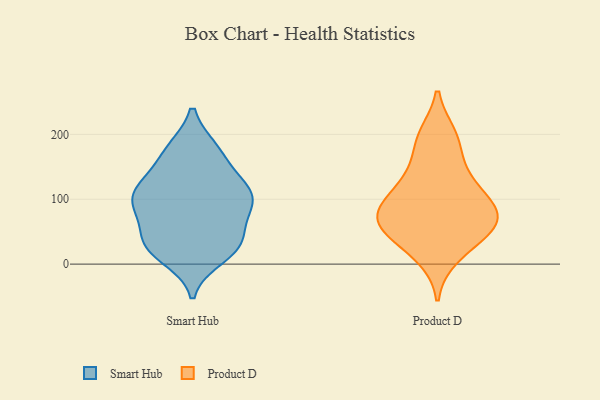
{"axis": {"x": "Latency (ms)", "y": "Value"}, "legend": ["Product D", "Smart Hub"], "data": [{"x": "", "y": 176, "type": "Smart Hub"}, {"x": "", "y": 32, "type": "Smart Hub"}, {"x": "", "y": 170, "type": "Smart Hub"}, {"x": "", "y": 109, "type": "Smart Hub"}, {"x": "", "y": 90, "type": "Smart Hub"}, {"x": "", "y": 38, "type": "Smart Hub"}, {"x": "", "y": 175, "type": "Smart Hub"}, {"x": "", "y": 118, "type": "Smart Hub"}, {"x": "", "y": 78, "type": "Smart Hub"}, {"x": "", "y": 11, "type": "Smart Hub"}, {"x": "", "y": 131, "type": "Smart Hub"}, {"x": "", "y": 109, "type": "Smart Hub"}, {"x": "", "y": 115, "type": "Smart Hub"}, {"x": "", "y": 24, "type": "Smart Hub"}, {"x": "", "y": 32, "type": "Smart Hub"}, {"x": "", "y": 92, "type": "Smart Hub"}, {"x": "", "y": 82, "type": "Smart Hub"}, {"x": "", "y": 30, "type": "Smart Hub"}, {"x": "", "y": 123, "type": "Product D"}, {"x": "", "y": 191, "type": "Product D"}, {"x": "", "y": 58, "type": "Product D"}, {"x": "", "y": 76, "type": "Product D"}, {"x": "", "y": 12, "type": "Product D"}, {"x": "", "y": 198, "type": "Product D"}, {"x": "", "y": 38, "type": "Product D"}, {"x": "", "y": 81, "type": "Product D"}, {"x": "", "y": 71, "type": "Product D"}, {"x": "", "y": 112, "type": "Product D"}, {"x": "", "y": 84, "type": "Product D"}, {"x": "", "y": 146, "type": "Product D"}, {"x": "", "y": 52, "type": "Product D"}]}